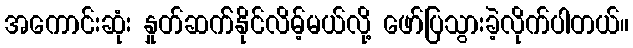
အကောင်းဆုံး နှုတ်ဆက််နိုင်လိမ့်မယ်လို့ ဖော်ပြသွားခဲ့လိုက်ပါတယ်။